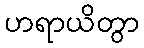
ဟရာယိတွာ